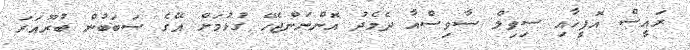
ރައީސް އޮފީހާއި ސިވިލް ސާވިސްއާ ދެމެދު އޮންނަންޖެހޭ ގުޅުމަށް އޭގެ ސަބަބުން ބުރޫއަރަ